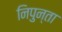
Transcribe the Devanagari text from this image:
निपुन्ता